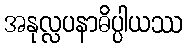
အနုလ္လပနာဓိပ္ပါယဿ